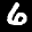
Label: 6